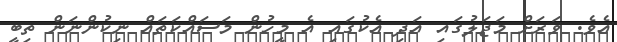
އެވެ. ވަރަށް މަޖަލުގައި އަދި އެކުގައި އެ މީހުން މަސައްކަތައް ނިކުންނަން ތިބީ